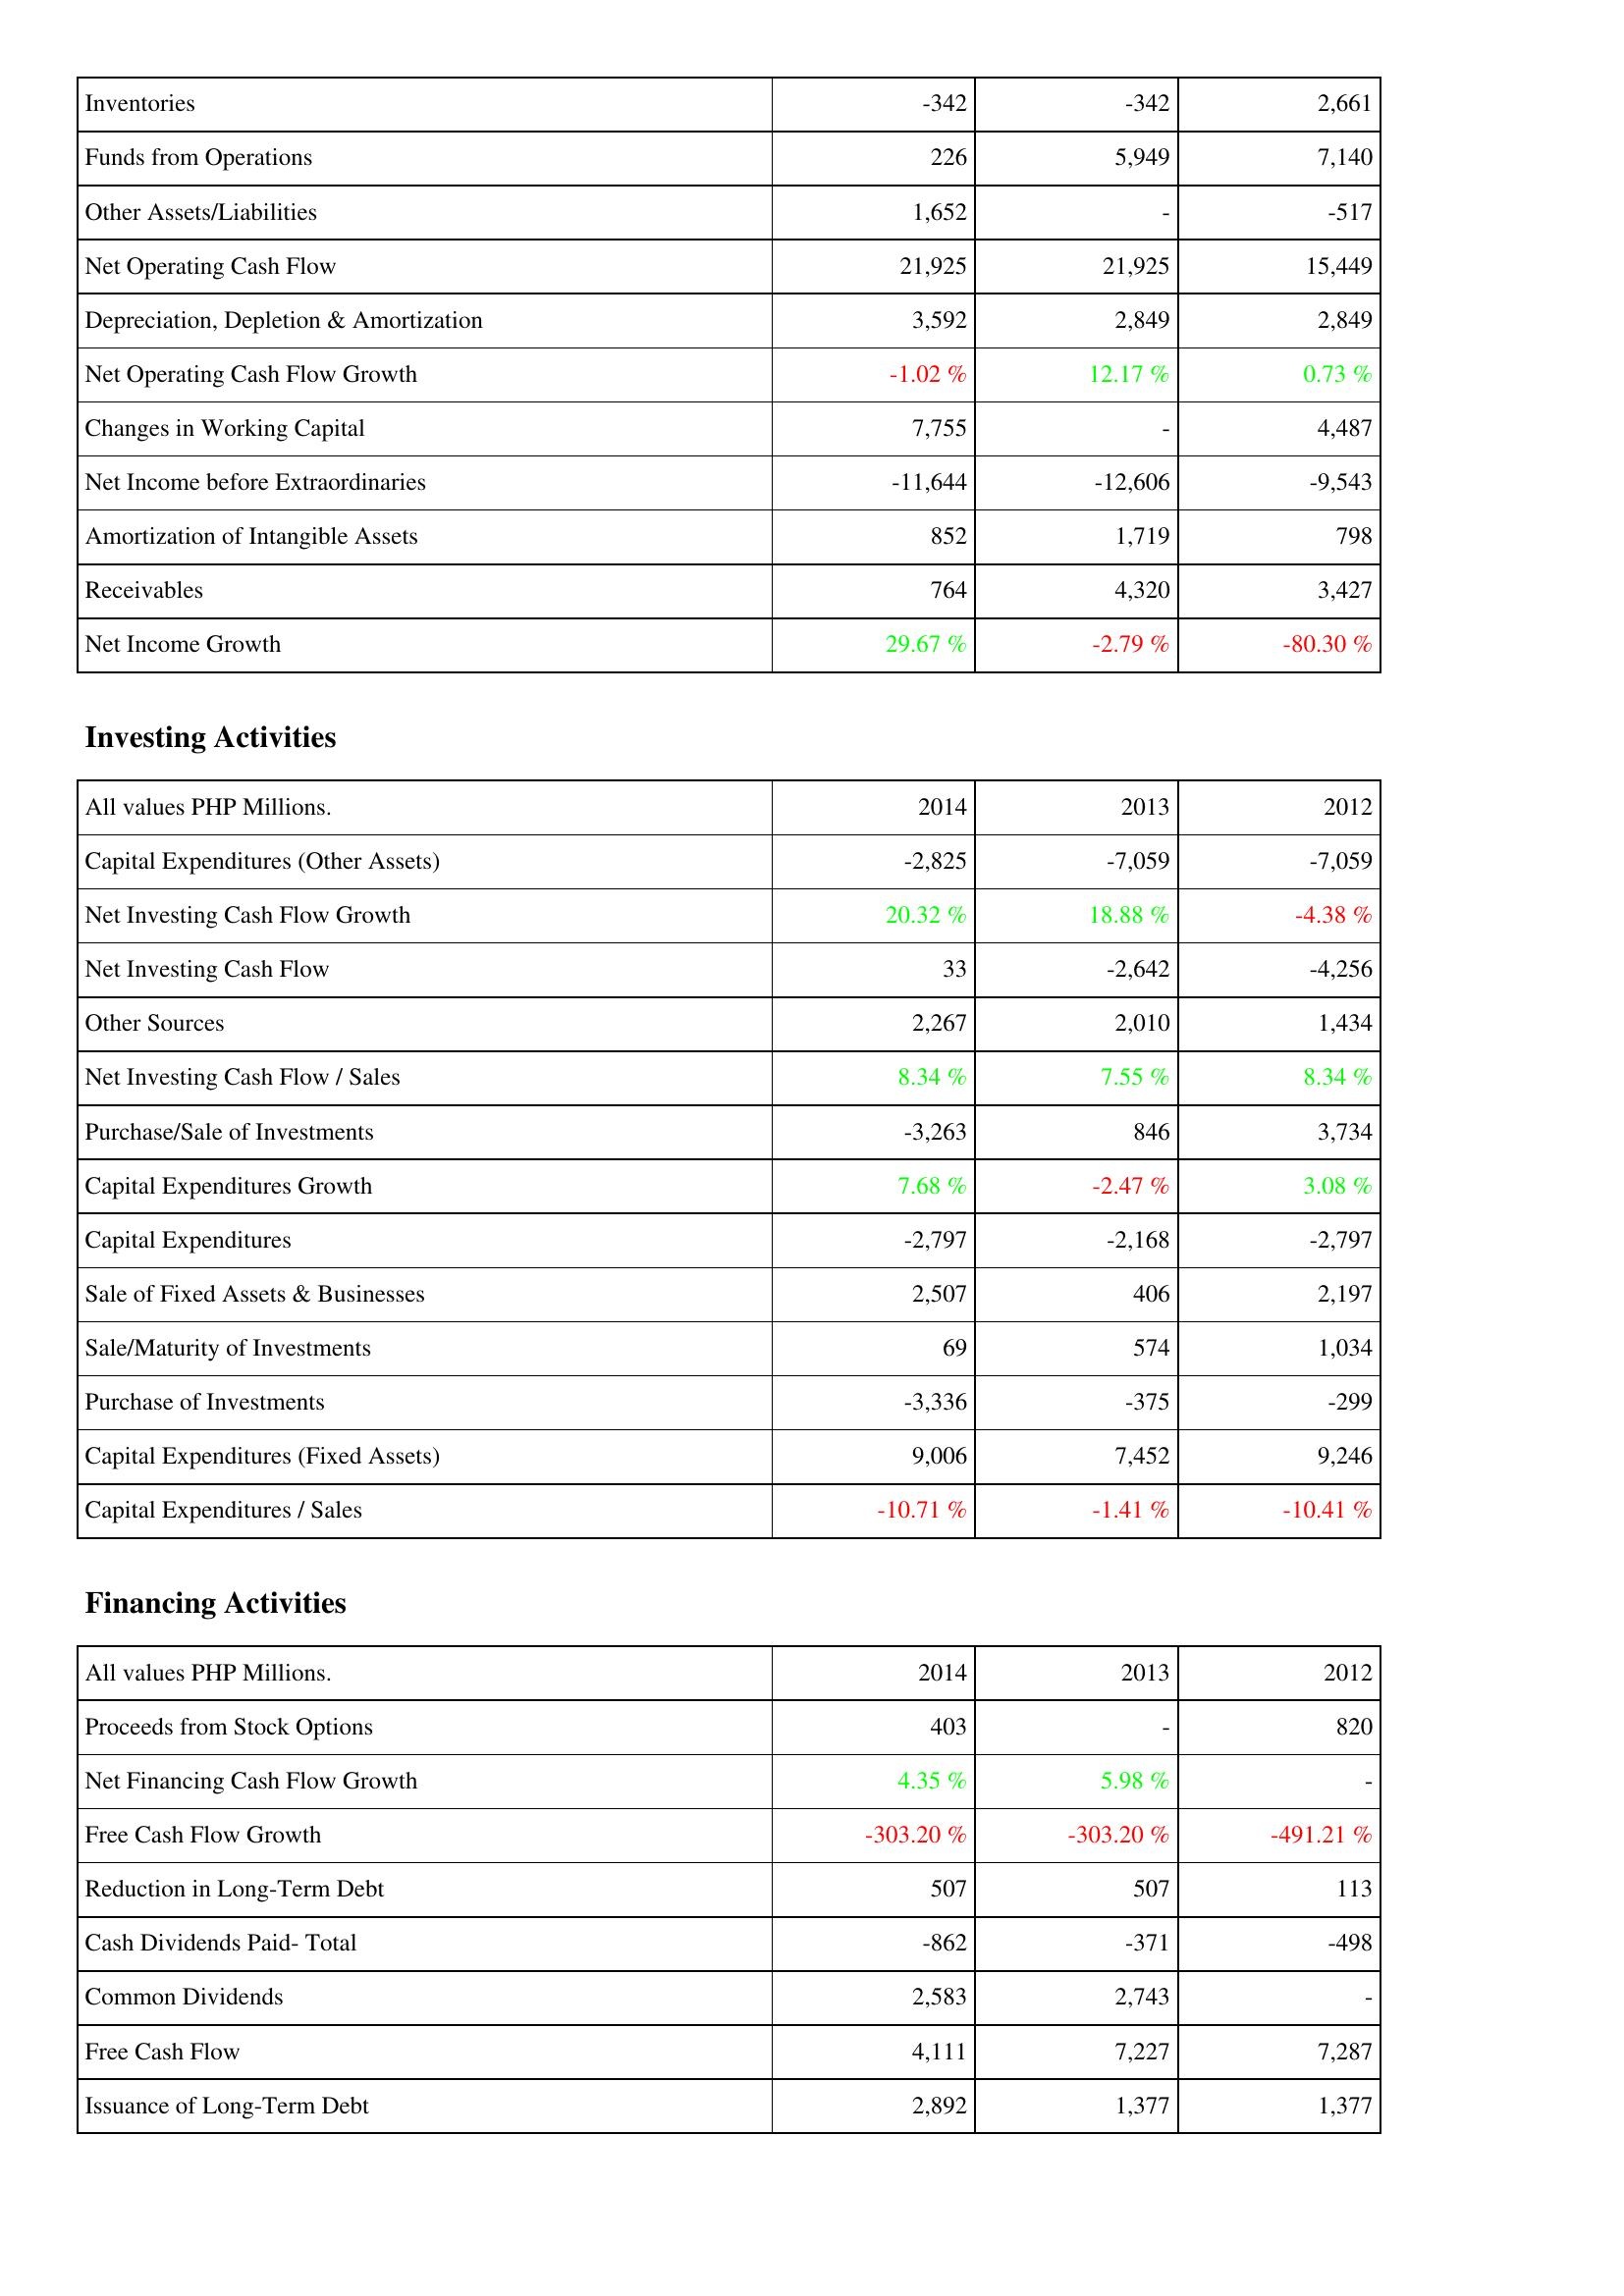
2014: Operating Activities: Inventories: -342
Funds from Operations: 226
Other Assets/Liabilities: 1,652
Net Operating Cash Flow: 21,925
Depreciation, Depletion & Amortization: 3,592
Net Operating Cash Flow Growth: -1.02 %
Changes in Working Capital: 7,755
Net Income before Extraordinaries: -11,644
Amortization of Intangible Assets: 852
Receivables: 764
Net Income Growth: 29.67 %
Investing Activities: Capital Expenditures (Other Assets): -2,825
Net Investing Cash Flow Growth: 20.32 %
Net Investing Cash Flow: 33
Other Sources: 2,267
Net Investing Cash Flow / Sales: 8.34 %
Purchase/Sale of Investments: -3,263
Capital Expenditures Growth: 7.68 %
Capital Expenditures: -2,797
Sale of Fixed Assets & Businesses: 2,507
Sale/Maturity of Investments: 69
Purchase of Investments: -3,336
Capital Expenditures (Fixed Assets): 9,006
Capital Expenditures / Sales: -10.71 %
Financing Activities: Proceeds from Stock Options: 403
Net Financing Cash Flow Growth: 4.35 %
Free Cash Flow Growth: -303.20 %
Reduction in Long-Term Debt: 507
Cash Dividends Paid- Total: -862
Common Dividends: 2,583
Free Cash Flow: 4,111
Issuance of Long-Term Debt: 2,892
2013: Operating Activities: Inventories: -342
Funds from Operations: 5,949
Other Assets/Liabilities: -
Net Operating Cash Flow: 21,925
Depreciation, Depletion & Amortization: 2,849
Net Operating Cash Flow Growth: 12.17 %
Changes in Working Capital: -
Net Income before Extraordinaries: -12,606
Amortization of Intangible Assets: 1,719
Receivables: 4,320
Net Income Growth: -2.79 %
Investing Activities: Capital Expenditures (Other Assets): -7,059
Net Investing Cash Flow Growth: 18.88 %
Net Investing Cash Flow: -2,642
Other Sources: 2,010
Net Investing Cash Flow / Sales: 7.55 %
Purchase/Sale of Investments: 846
Capital Expenditures Growth: -2.47 %
Capital Expenditures: -2,168
Sale of Fixed Assets & Businesses: 406
Sale/Maturity of Investments: 574
Purchase of Investments: -375
Capital Expenditures (Fixed Assets): 7,452
Capital Expenditures / Sales: -1.41 %
Financing Activities: Proceeds from Stock Options: -
Net Financing Cash Flow Growth: 5.98 %
Free Cash Flow Growth: -303.20 %
Reduction in Long-Term Debt: 507
Cash Dividends Paid- Total: -371
Common Dividends: 2,743
Free Cash Flow: 7,227
Issuance of Long-Term Debt: 1,377
2012: Operating Activities: Inventories: 2,661
Funds from Operations: 7,140
Other Assets/Liabilities: -517
Net Operating Cash Flow: 15,449
Depreciation, Depletion & Amortization: 2,849
Net Operating Cash Flow Growth: 0.73 %
Changes in Working Capital: 4,487
Net Income before Extraordinaries: -9,543
Amortization of Intangible Assets: 798
Receivables: 3,427
Net Income Growth: -80.30 %
Investing Activities: Capital Expenditures (Other Assets): -7,059
Net Investing Cash Flow Growth: -4.38 %
Net Investing Cash Flow: -4,256
Other Sources: 1,434
Net Investing Cash Flow / Sales: 8.34 %
Purchase/Sale of Investments: 3,734
Capital Expenditures Growth: 3.08 %
Capital Expenditures: -2,797
Sale of Fixed Assets & Businesses: 2,197
Sale/Maturity of Investments: 1,034
Purchase of Investments: -299
Capital Expenditures (Fixed Assets): 9,246
Capital Expenditures / Sales: -10.41 %
Financing Activities: Proceeds from Stock Options: 820
Net Financing Cash Flow Growth: -
Free Cash Flow Growth: -491.21 %
Reduction in Long-Term Debt: 113
Cash Dividends Paid- Total: -498
Common Dividends: -
Free Cash Flow: 7,287
Issuance of Long-Term Debt: 1,377